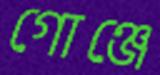
গোঞ্জে